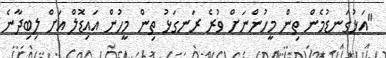
"އަޅުގަނޑުމެން ތިން މީހުންނަށް ވުރެ ރަނގަޅު ތިން މީހުން އައިޑޮލް އަށް ލިބިދާނެ